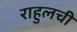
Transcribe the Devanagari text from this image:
राहुलची